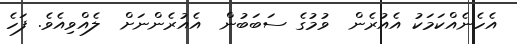
އެހެނެއްކަމަކު އެއުރެން  ވުމުގެ ސަބަބުން  އެއުރެންނަށް  ލެއްވިއެވެ. ފަހެ